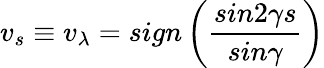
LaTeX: {v}_{s}\equiv{v}_{\lambda}=sign\left(\frac{sin2\gamma s}{sin\gamma}\right)